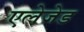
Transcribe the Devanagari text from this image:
एलेजेड